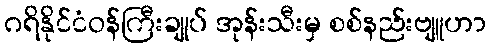
ဂရိနိုင်ငံဝန်ကြီးချုပ် အုန်းသီးမှ စစ်နည်းဗျူဟာ